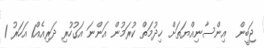
ޖަބީން  އިންސާނިއްޔަތަށް ޚިދުމަތް ކުރަމުން އަންނަ އަގުހުރި ދަރިއެއް1 އަހަރު 1